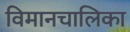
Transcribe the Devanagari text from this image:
विमानचालिका